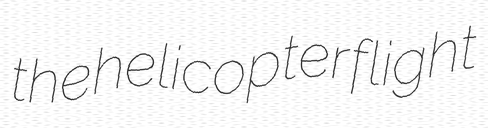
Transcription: the helicopter flight